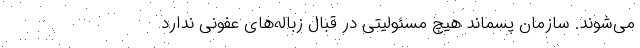
می‌شوند. سازمان پسماند هیچ مسئولیتی در قبال زباله‌های عفونی ندارد